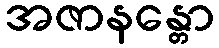
အဇာနန္တော